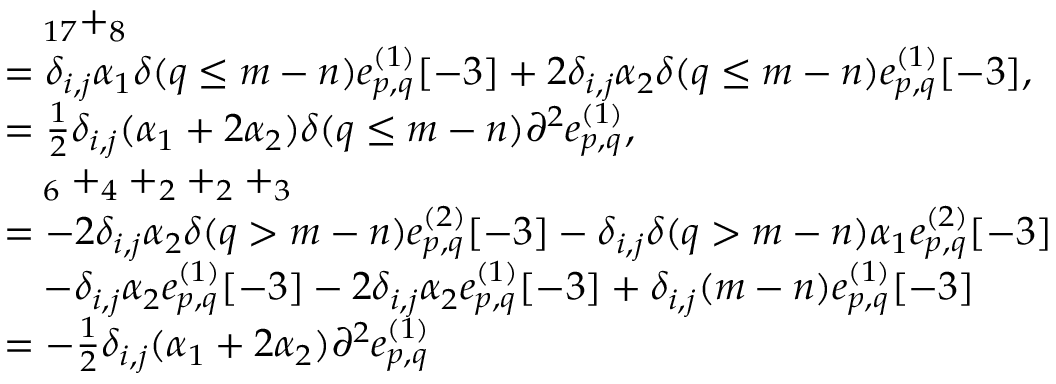
\begin{array} { r l } & { \quad _ { 1 7 } + _ { 8 } } \\ & { = \delta _ { i , j } \alpha _ { 1 } \delta ( q \leq m - n ) e _ { p , q } ^ { ( 1 ) } [ - 3 ] + 2 \delta _ { i , j } \alpha _ { 2 } \delta ( q \leq m - n ) e _ { p , q } ^ { ( 1 ) } [ - 3 ] , } \\ & { = \frac { 1 } { 2 } \delta _ { i , j } ( \alpha _ { 1 } + 2 \alpha _ { 2 } ) \delta ( q \leq m - n ) \partial ^ { 2 } e _ { p , q } ^ { ( 1 ) } , } \\ & { \quad _ { 6 } + _ { 4 } + _ { 2 } + _ { 2 } + _ { 3 } } \\ & { = - 2 \delta _ { i , j } \alpha _ { 2 } \delta ( q > m - n ) e _ { p , q } ^ { ( 2 ) } [ - 3 ] - \delta _ { i , j } \delta ( q > m - n ) \alpha _ { 1 } e _ { p , q } ^ { ( 2 ) } [ - 3 ] } \\ & { \quad - \delta _ { i , j } \alpha _ { 2 } e _ { p , q } ^ { ( 1 ) } [ - 3 ] - 2 \delta _ { i , j } \alpha _ { 2 } e _ { p , q } ^ { ( 1 ) } [ - 3 ] + \delta _ { i , j } ( m - n ) e _ { p , q } ^ { ( 1 ) } [ - 3 ] } \\ & { = - \frac { 1 } { 2 } \delta _ { i , j } ( \alpha _ { 1 } + 2 \alpha _ { 2 } ) \partial ^ { 2 } e _ { p , q } ^ { ( 1 ) } } \end{array}